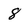
Character: 8